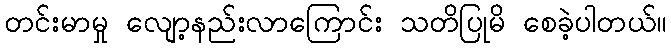
တင်းမာမှု လျော့နည်းလာကြောင်း သတိပြုမိ စေခဲ့ပါတယ်။